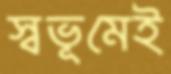
স্বভূমেই